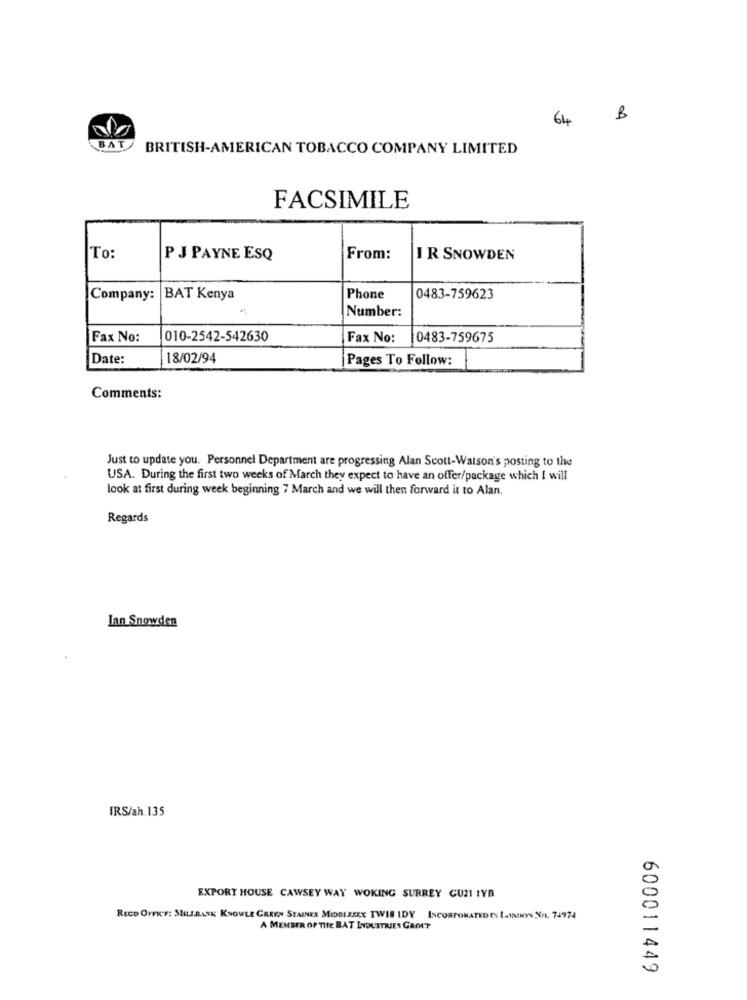
64
B
BAT
BRITISH-AMERICAN TOBACCO COMPANY LIMITED
FACSIMILE
To:
PJ PAYNE ESQ
From:
IR SNOWDEN
Company:
BAT Kenya
Phone
0483-759623
Number:
Fax No:
010-2542-542630
Fax No:
0483-759675
Date:
18/02/94
Pages To Follow:
Comments:
Just to update you. Personnel Department are progressing Alan Scott-Watson's posting to the
USA. During the first two weeks of March they expect to have an offer/package which I will
look at first during week beginning 7 March and we will then forward it to Alan.
Regards
Ian Snowden
IRS/ah. 135
EXPORT HOUSE CAWSEY WAY WOKING SURREY GU21 IYA
RECO OFFKY: MILJDANK KNOWLE CAREN STAINES MODISSEX TWIS IDY INCORPORATEDES (awDON No. 74974
A MEMBER OF THE BAT INDUSTRIES GAOUT
600011449